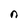
Character: n